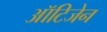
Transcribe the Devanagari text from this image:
ऑटिजेन